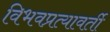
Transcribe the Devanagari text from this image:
विभवप्रत्यावर्ती